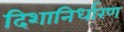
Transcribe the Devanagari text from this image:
दिशानिर्धारण